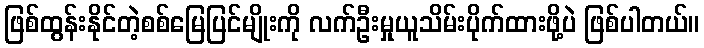
ဖြစ်ထွန်းနိုင်တဲ့စစ်မြေပြင်မျိုးကို လက်ဦးမှုယူသိမ်းပိုက်ထားဖို့ပဲ ဖြစ်ပါတယ်။